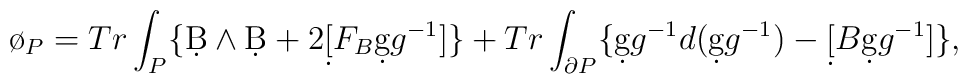
\o_{P}=Tr\int_{P}\{ \d B\wedge \d B+2\d [F_{B}\d gg^{-1}]\}+Tr\int_{\partial P}\{ \d gg^{-1} d(\d gg^{-1})-\d [B\d gg^{-1}]\},